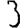
Digit: 3